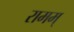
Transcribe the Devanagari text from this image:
रामम्